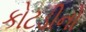
કોટડીનો